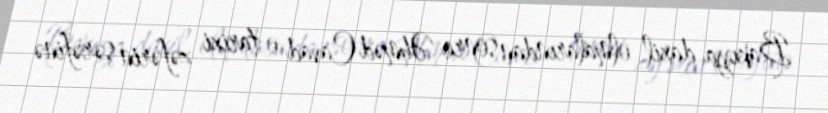
Bakıya daxil olmalarından sonra Əhməd Cavad o tarixi zəfərin şərəfinə